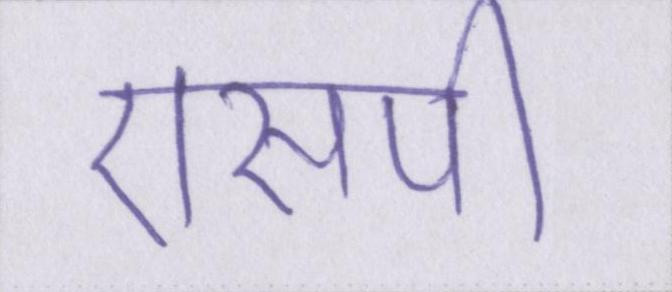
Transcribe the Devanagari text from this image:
एसपी